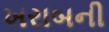
ખરાબની